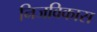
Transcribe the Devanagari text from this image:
निजविकास